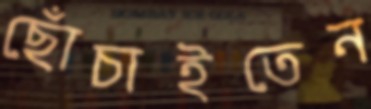
ছোঁচাইতেন